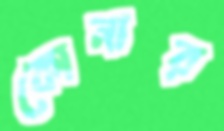
কোনার